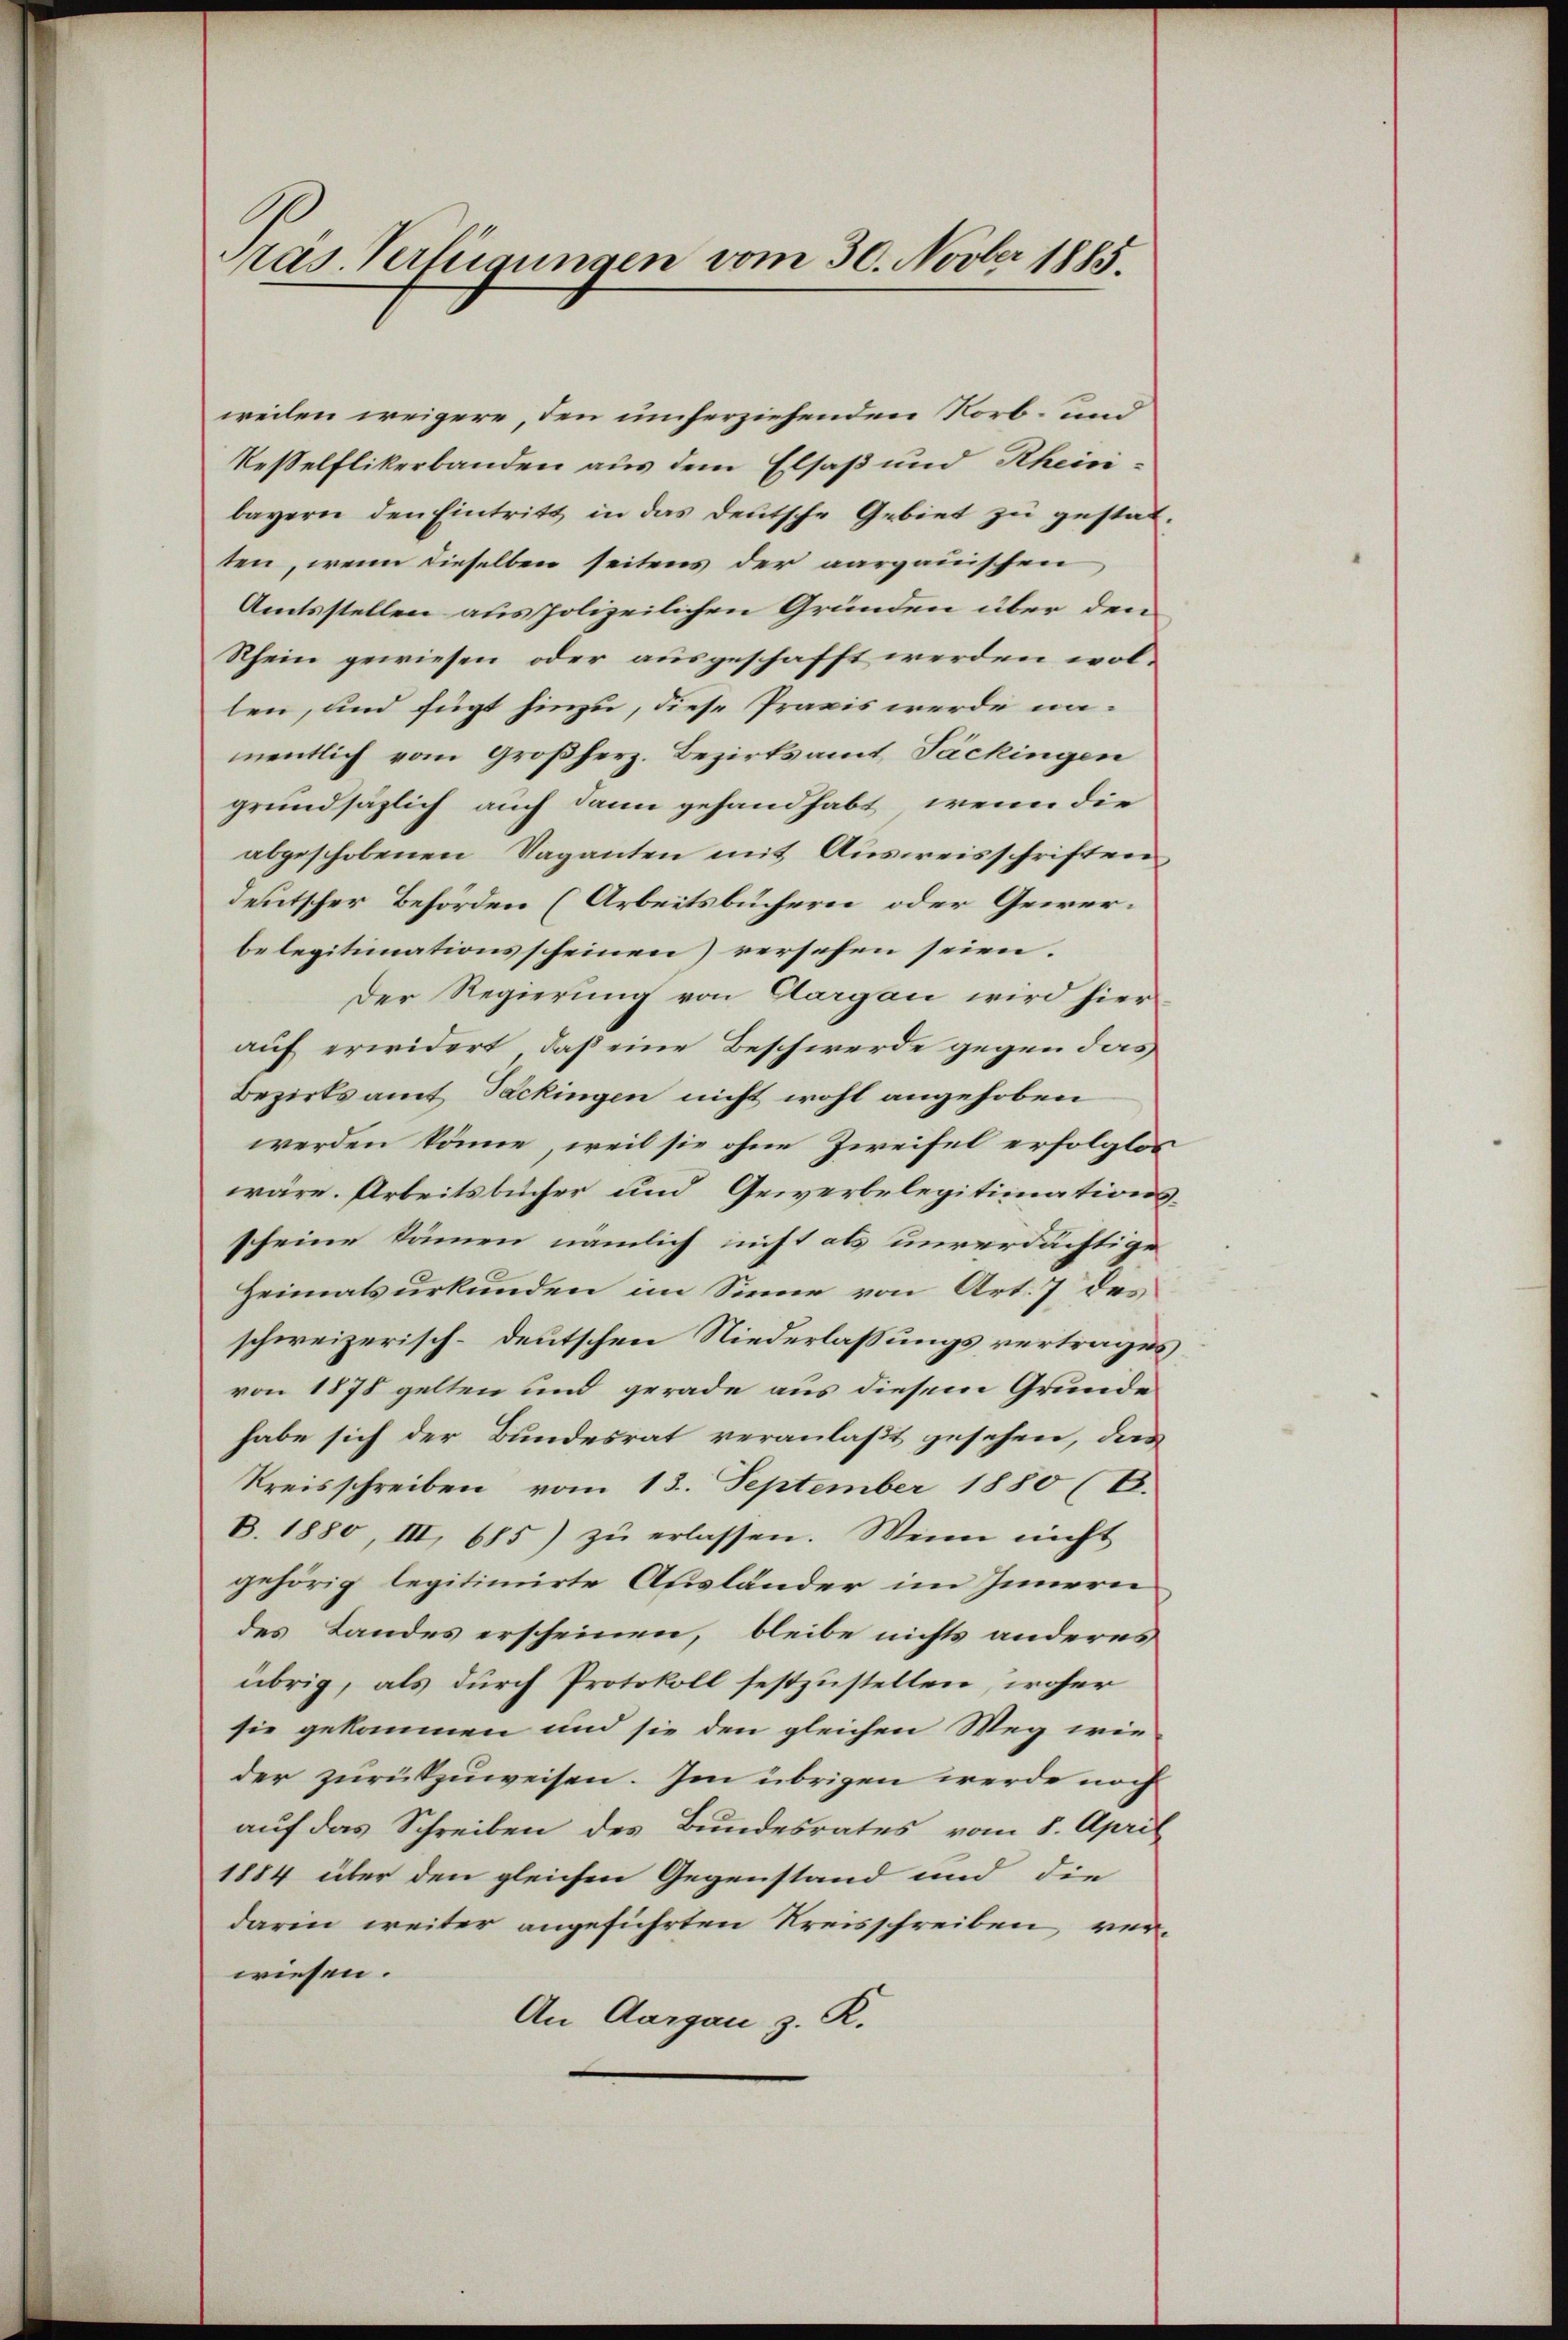
weilen weigere den umherziehenden Norb- und
Teßelflikerbanden aus dem Elsaß und Rheini-
bayern den Eintritt in das deutsche Gebiet zu gestatten, wenn dieselben seitens der aargauischen
Amtsstellen aus polizeilichen Gründen über den
Rhein gewiesen oder ausgeschafft werden wollen, und fügt hinzu, diese Praxis werde namentlich vom Großherz. Bezirksamt Jäckingen
grundsäzlich auch dann gehandhabt, wenn die
abgeschobenen Saganten mit Ausweisschriften
deutscher Behörden (Arbeitsbüchern oder Gewerbelegitimationsscheinen) versehen seien.
Der Regierung von Aargau wird hierauf erwidert, daß eine Beschwerde gegen das
Bezirksamt Packingen nicht wohl angehoben
werden könne, weil sie ohne Zweifel erfolglos
wäre. Arbeitsbücher und Gewerbelegitimations-
scheine kämmen nämlich nicht als unverdächtige
Heimatsurkunden im Sinne von Art. 7 des
schweizerisch-deutschen Niederlassungsvertrages
von 1878 gelten und gerade aus diesem Grunde
habe sich der Bundesrat veranlaßt gesehen, das
Kreisschreiben vom 13. September 1880 (E.
B. 1880, III, 685) zu erlassen. Wenn nicht
gehörig legitimirte Ausländer im Innern
des Landes erscheinen, bleibe nichts anderes
übrig, als durch Protokoll festzustellen, woher
sie gekommen und sie den gleichen Weg wie
der zurükzuweisen. Im übrigen werde noch
auf das Schreiben des Bundesrates vom 8. April
1884 über den gleichen Gegenstand und die
darin weiter angeführten Kreisschreiben ver-
wiesen.
An Aargau z. R.

Präs. Verlegungen vom 30. Novber 1885.